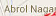
Abrol Nagar